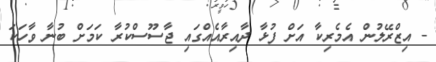
- އިޒްރޭލުން އެމެރިކާ އަށް ފުޅާ ދާއިރާއެއްގައި ޖާސޫސްކުރާ ކަމަށް ބުނާ ވާހަކަ